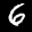
Label: 6